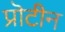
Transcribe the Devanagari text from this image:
प्रॊटीन